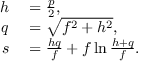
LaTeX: \begin{array} { r l } { h } & { { } = { \frac { p } { 2 } } , } \\ { q } & { { } = { \sqrt { f ^ { 2 } + h ^ { 2 } } } , } \\ { s } & { { } = { \frac { h q } { f } } + f \ln { \frac { h + q } { f } } . } \end{array}